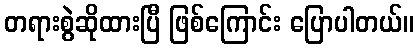
တရားစွဲဆိုထားပြီ ဖြစ်ကြောင်း ပြောပါတယ်။